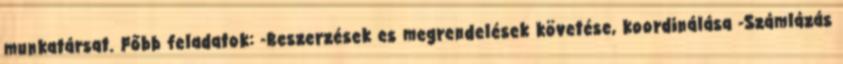
munkatársat. Főbb feladatok: -Beszerzések es megrendelések követése, koordinálása -Számlázás